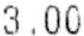
3.00